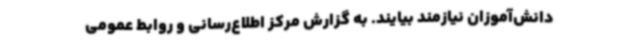
دانش‌آموزان نیازمند بیایند. به گزارش مرکز اطلاع‌رسانی و روابط عمومی